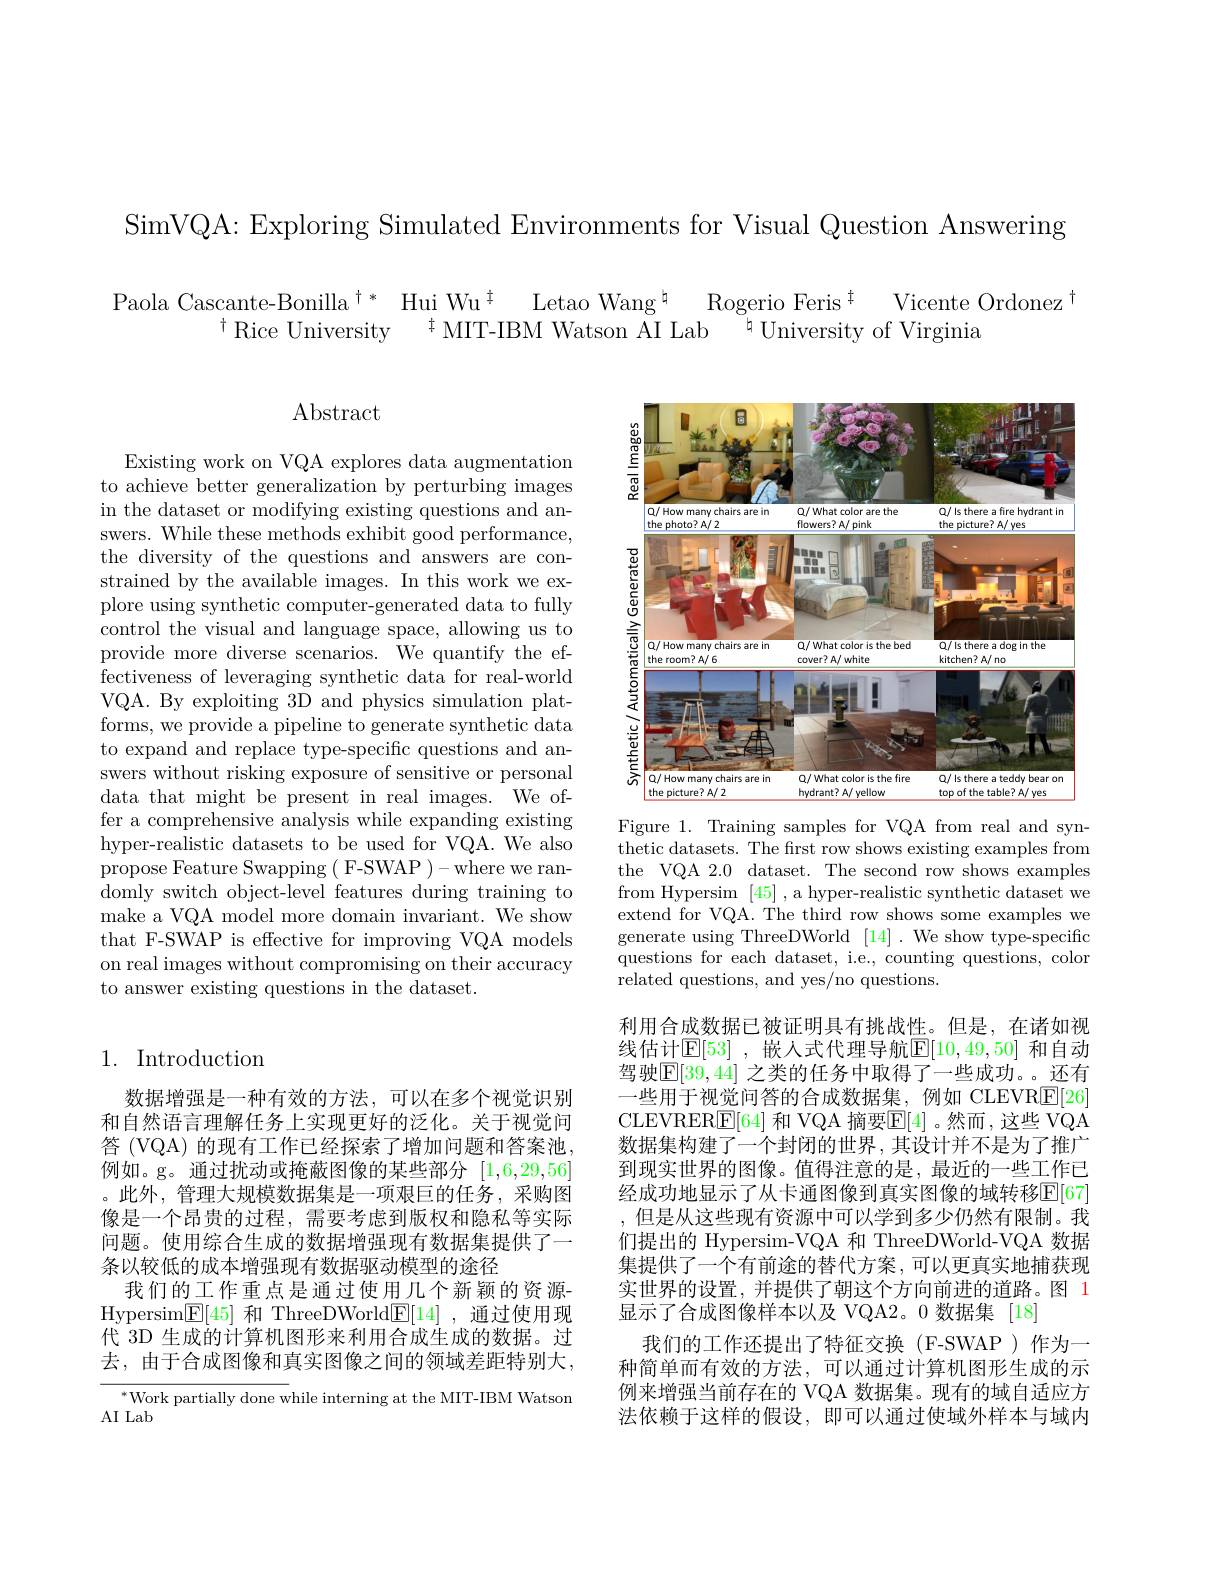
SimVQA: Exploring Simulated Environments for Visual Question Answering

$\begin{array}{c}{\mathrm{Paola~Cascante-Bonilla~}^{\dagger*}}&{\mathrm{Hui~Wu}^{\dagger}}&{\mathrm{Letao~Wang}^{\dagger}}&{\mathrm{Rogerio~Feris}^{\dagger}}&{\mathrm{Vicente~Ordonez}}\\{\mathrm{}^{\dagger}}&{\mathrm{Rice~University}}&{^{\dagger}}&{\mathrm{MIT-IBM~Watson~AI~Lab}^{\dagger}}&{\mathrm{University~of~Virginia}}\end{array}$

Abstract

Existing work on VQA explores data augmentation to achieve better generalization by perturbing images in the dataset or modifying existing questions and answers. While these methods exhibit good performance, the diversity of the questions and answers are constrained by the available images. In this work we explore using synthetic computer-generated data to fully control the visual and language space, allowing us to provide more diverse scenarios. We quantify the effectiveness of leveraging synthetic data for real-world VQA. By exploiting 3D and physics simulation platforms, we provide a pipeline to generate synthetic data to expand and replace type-specific questions and answers without risking exposure of sensitive or personal data that might be present in real images. We offer a comprehensive analysis while expanding existing hyper-realistic datasets to be used for VQA. We also propose Feature Swapping ( F-SWAP )-where we randomly switch object-level features during training to make a VQA model more domain invariant. We show that F-SWAP is effective for improving VQA models on real images without compromising on their accuracy to answer existing questions in the dataset.

## 1. Introduction

数据增强是一种有效的方法，可以在多个视觉识别和自然语言理解任务上实现更好的泛化。关于视觉问答 (VQA) 的现有工作已经探索了增加问题和答案池例如。g。通过扰动或掩蔽图像的某些部分[1,6,29,56] 。此外，管理大规模数据集是一项艰巨的任务，采购图像是一个昂贵的过程，需要考虑到版权和隐私等实际问题。使用综合生成的数据增强现有数据集提供了一条以较低的成本增强现有数据驱动模型的途径
我们的工作重点是通过使用几个新颖的资源Hypersim$\underline {\mathrm{E} }[ 45]$和 ThreeDWorld$\underline{\mathrm{E}}[14]$,通过使用现代 3D 生成的计算机图形来利用合成生成的数据。过去，由于合成图像和真实图像之间的领域差距特别大，

$^*$Work partially done while interning at the MIT-IBM Watson
AI Lab

<FigureHere>

Figure 1. Training samples for VQA from real and synthetic datasets. The frst row shows existing examples from the VQA 2.0 dataset. The second row shows examples from Hypersim [45] ,a hyper-realistic synthetic dataset we extend for VQA. The third row shows some examples we generate using ThreeDWorld [14]. We show type-specific questions for each dataset, i.e., counting questions, color related questions, and yes/no questions.

利用合成数据已被证明具有挑战性。但是，在诸如视线估计$\mathbb{E}[53]$ ,嵌人式代理导航$\mathbb{E}[10,49,50]$ 和自动驾驶$\mathbb{E}[39,44]$ 之类的任务中取得了一些成功。。还有-些用于视觉问答的合成数据集，例如 CLEVRE[26] CLEVRER$\boxed{\mathrm{E}}[64]$ 和 VQA 摘要$\boxed{\mathrm{E}}[4]$ 。然而 ,这些 VQA 数据集构建了一个封闭的世界，其设计并不是为了推广到现实世界的图像。值得注意的是，最近的一些工作已经成功地显示了从卡通图像到真实图像的域转移E[ 67] ,但是从这些现有资源中可以学到多少仍然有限制。我们提出的 Hypersim-VQA 和 ThreeDWorld-VQA 数据集提供了一个有前途的替代方案，可以更真实地捕获现实世界的设置，并提供了朝这个方向前进的道路。图 1显示了合成图像样本以及 VQA2。0 数据集 [18]
我们的工作还提出了特征交换(F-SWAP)作为一种简单而有效的方法，可以通过计算机图形生成的示例来增强当前存在的 VQA 数据集。现有的域自适应方法依赖于这样的假设，即可以通过使域外样本与域内